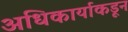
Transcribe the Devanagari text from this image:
अधिकार्याकडून